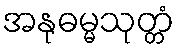
အနုဓမ္မသုတ္တံ